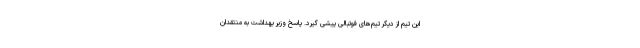
این تیم از دیگر تیم‌های فوتبالی پیشی گیرد. پاسخ وزیر بهداشت به منتقدان